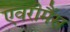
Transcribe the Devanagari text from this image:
एवरीमैंस